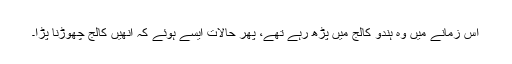
اس زمانے میں وہ ہندو کالج میں پڑھ رہے تھے، پھر حالات ایسے ہوئے کہ انھیں کالج چھوڑنا پڑا۔